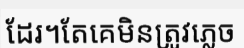
ដែរ។តែគេមិនត្រូវភ្លេច